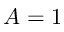
A = 1